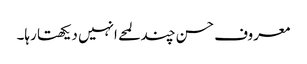
معروف حسن چند لمحے انہیں دیکھتا رہا۔